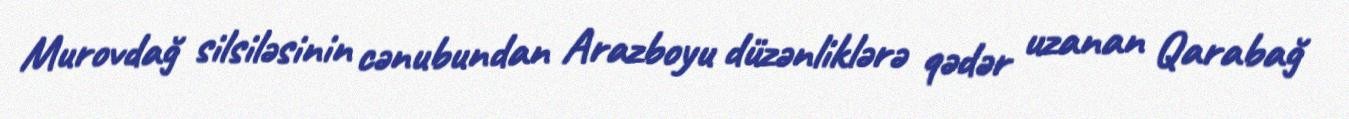
Murovdağ silsiləsinin cənubundan Arazboyu düzənliklərə qədər uzanan Qarabağ